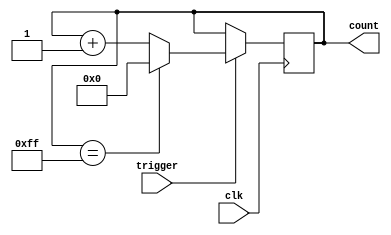
module counter (
    input clk,
    input trigger,
    output reg [7:0] count
);

reg [7:0] max_value = 255;

always @ (posedge clk) begin
    if (trigger) begin
        if (count == max_value) begin
            count <= 8'b0;
        end else begin
            count <= count + 1;
        end
    end
end

endmodule